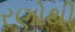
રણોથી